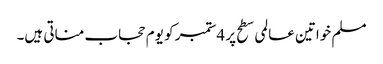
مسلم خواتین عالمی سطح پر 4ستمبر کو یوم حجاب مناتی ہیں۔